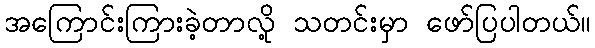
အကြောင်းကြားခဲ့တာလို့ သတင်းမှာ ဖော်ပြပါတယ်။